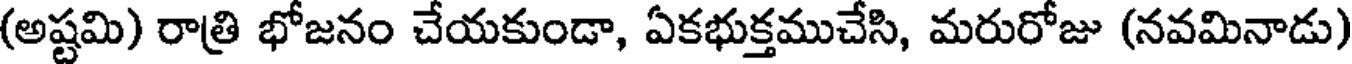
(అష్టమి) రాత్రి భోజనం చేయకుండా, ఏకభుక్తముచేసి, మరురోజు (నవమినాడు)